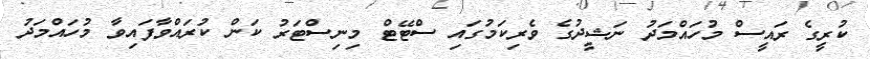
ކުރީގެ ރައީސް މުހައްމަދު ނަޝީދުގެ ވެރިކަމުގައި ސްޓޭޓް މިނިސްޓަރު ކަން ކުރައްވާފައިވާ މުހައްމަދު